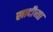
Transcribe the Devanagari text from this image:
खादीच्या